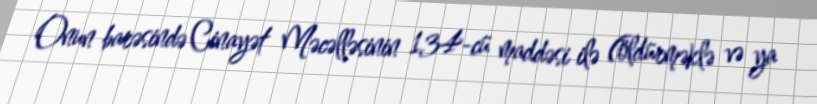
Onun barəsində Cinayət Məcəlləsinin 134-cü maddəsi ilə (öldürməklə və ya